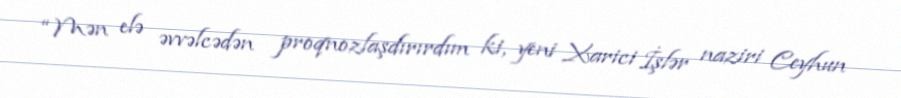
“Mən elə əvvəlcədən proqnozlaşdırırdım ki, yeni Xarici İşlər naziri Ceyhun